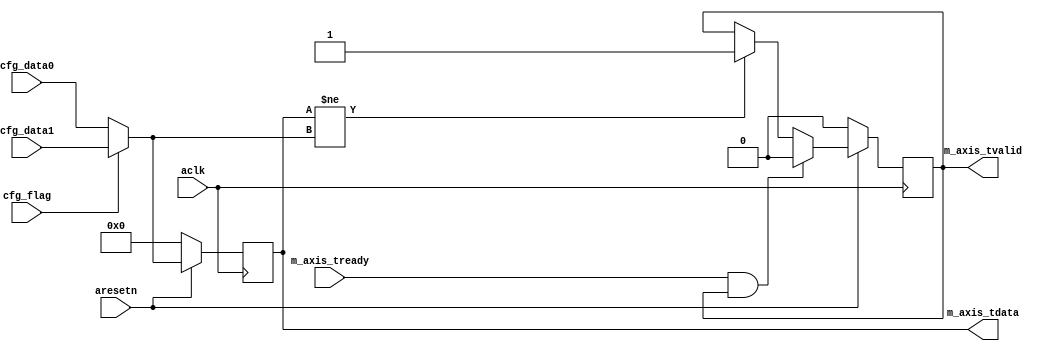
module axis_variant #
(
  parameter integer AXIS_TDATA_WIDTH = 32
)
(
  // System signals
  input  wire                        aclk,
  input  wire                        aresetn,

  input  wire                        cfg_flag,

  input  wire [AXIS_TDATA_WIDTH-1:0] cfg_data0,
  input  wire [AXIS_TDATA_WIDTH-1:0] cfg_data1,

  // Master side
  input  wire                        m_axis_tready,
  output wire [AXIS_TDATA_WIDTH-1:0] m_axis_tdata,
  output wire                        m_axis_tvalid
);

  reg [AXIS_TDATA_WIDTH-1:0] int_tdata_reg;
  reg int_tvalid_reg, int_tvalid_next;
  wire [AXIS_TDATA_WIDTH-1:0] int_tdata_wire;

  assign int_tdata_wire = cfg_flag ? cfg_data1 : cfg_data0;

  always @(posedge aclk)
  begin
    if(~aresetn)
    begin
      int_tdata_reg <= {(AXIS_TDATA_WIDTH){1'b0}};
      int_tvalid_reg <= 1'b0;
    end
    else
    begin
      int_tdata_reg <= int_tdata_wire;
      int_tvalid_reg <= int_tvalid_next;
    end
  end

  always @*
  begin
    int_tvalid_next = int_tvalid_reg;

    if(int_tdata_reg != int_tdata_wire)
    begin
      int_tvalid_next = 1'b1;
    end

    if(m_axis_tready & int_tvalid_reg)
    begin
      int_tvalid_next = 1'b0;
    end
  end

  assign m_axis_tdata = int_tdata_reg;
  assign m_axis_tvalid = int_tvalid_reg;

endmodule